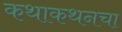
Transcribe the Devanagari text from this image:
कथाकथनचा